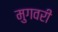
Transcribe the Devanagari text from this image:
मुगवरी